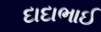
દાદાભાઈ